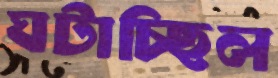
ঘটাচ্ছিল